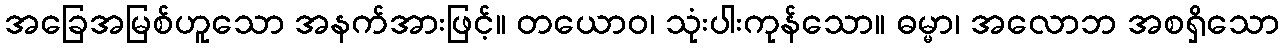
အခြေအမြစ်ဟူသော အနက်အားဖြင့်။ တယောဝ၊ သုံးပါးကုန်သော။ ဓမ္မာ၊ အလောဘ အစရှိသော